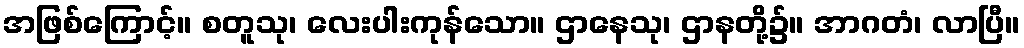
အဖြစ်ကြောင့်။ စတူသု၊ လေးပါးကုန်သော။ ဌာနေသု၊ ဌာနတို့၌။ အာဂတံ၊ လာပြီ။